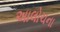
અાલોચના